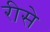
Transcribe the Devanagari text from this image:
रीसे